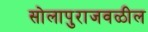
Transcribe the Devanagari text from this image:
सोलापुराजवळील